Civil Veterinary Dept. Bombay admin report 1932-41 - 1932-1941
Year: 1932
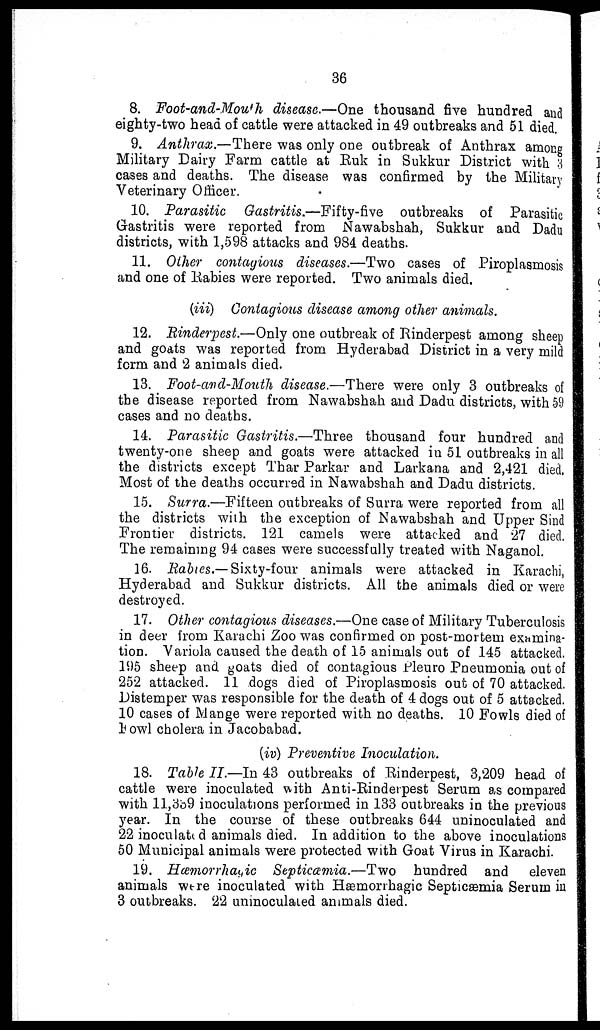
36
8. Foot-and-Mouth disease.—One thousand five hundred and
eighty-two head of cattle were attacked in 49 outbreaks and 51 died.
9. Anthrax.—There was only one outbreak of Anthrax among
Military Dairy Farm cattle at Ruk in Sukkur District with 3
cases and deaths. The disease was confirmed by the Military
Veterinary Officer.
10. Parasitic
Gastritis.—Fifty-five
outbreaks of Parasitic
Gastritis were reported from Nawabshah, Sukkur and Dadu
districts, with 1,598 attacks and 984. deaths.
11. Other contagious diseases.—Two cases of Piroplasmosis
and one of Rabies were reported. Two animals died.
(iii) Contagious disease among other animals.
12. Rinderpest.—Only one outbreak of Rinderpest among sheep
and goats was reported from Hyderabad District in a very mild
form and 2 animals died.
13. Foot-and-Mouth disease.—There were only 3 outbreaks of
the disease reported from Nawabshah and Dadu districts, with 59
cases and no deaths.
14. Parasitic Gastritis.—Three thousand four hundred and
twenty-one sheep and goats were attacked in 51 outbreaks in all
the districts except Thar Parkar and Larkana and 2,421 died.
Most of the deaths occurred in Nawabshah and Dadu districts.
15. Surra.—Fifteen outbreaks of Surra were reported from all
the districts with the exception of Nawabshah and Upper Sind
Frontier districts. 121 camels were attacked and 27 died.
The remaining 94 cases were successfully treated with Naganol.
16. Rabies.—Sixty-four animals were attacked in Karachi,
Hyderabad and Sukkur districts. All the animals died or were
destroyed.
17. Other contagious diseases.—One case of Military Tuberculosis
in deer from Karachi Zoo was confirmed on post-mortem examina-
tion. Variola caused the death of 15 animals out of 145 attacked.
195 sheep and goats died of contagious Pleuro Pneumonia out of
252 attacked. 11 dogs died of Piroplasmosis out of 70 attacked.
Distemper was responsible for the death of 4 dogs out of 5 attacked.
10 cases of Mange were reported with no deaths. 10 Fowls died of
Fowl cholera in Jacobabad.
(iv) Preventive Inoculation.
18. Table II.—In 43 outbreaks of Rinderpest, 3,209 head of
cattle were inoculated with Anti-Rinderpest Serum as compared
with 11,339 inoculations performed in 133 outbreaks in the previous
year. In the course of these outbreaks 644 uninoculated and
22 inoculated animals died. In addition to the above inoculations
50 Municipal animals were protected with Goat Virus in Karachi.
19. Hæmorrhagic Septicamia.—Two
hundred and eleven
animals were inoculated with Hæmorrhagic Septicæmia Serum in
3 outbreaks. 22 uninoculated animals died.